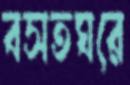
বসতঘরে